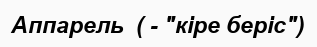
Аппарель  ( - "кіре беріс")